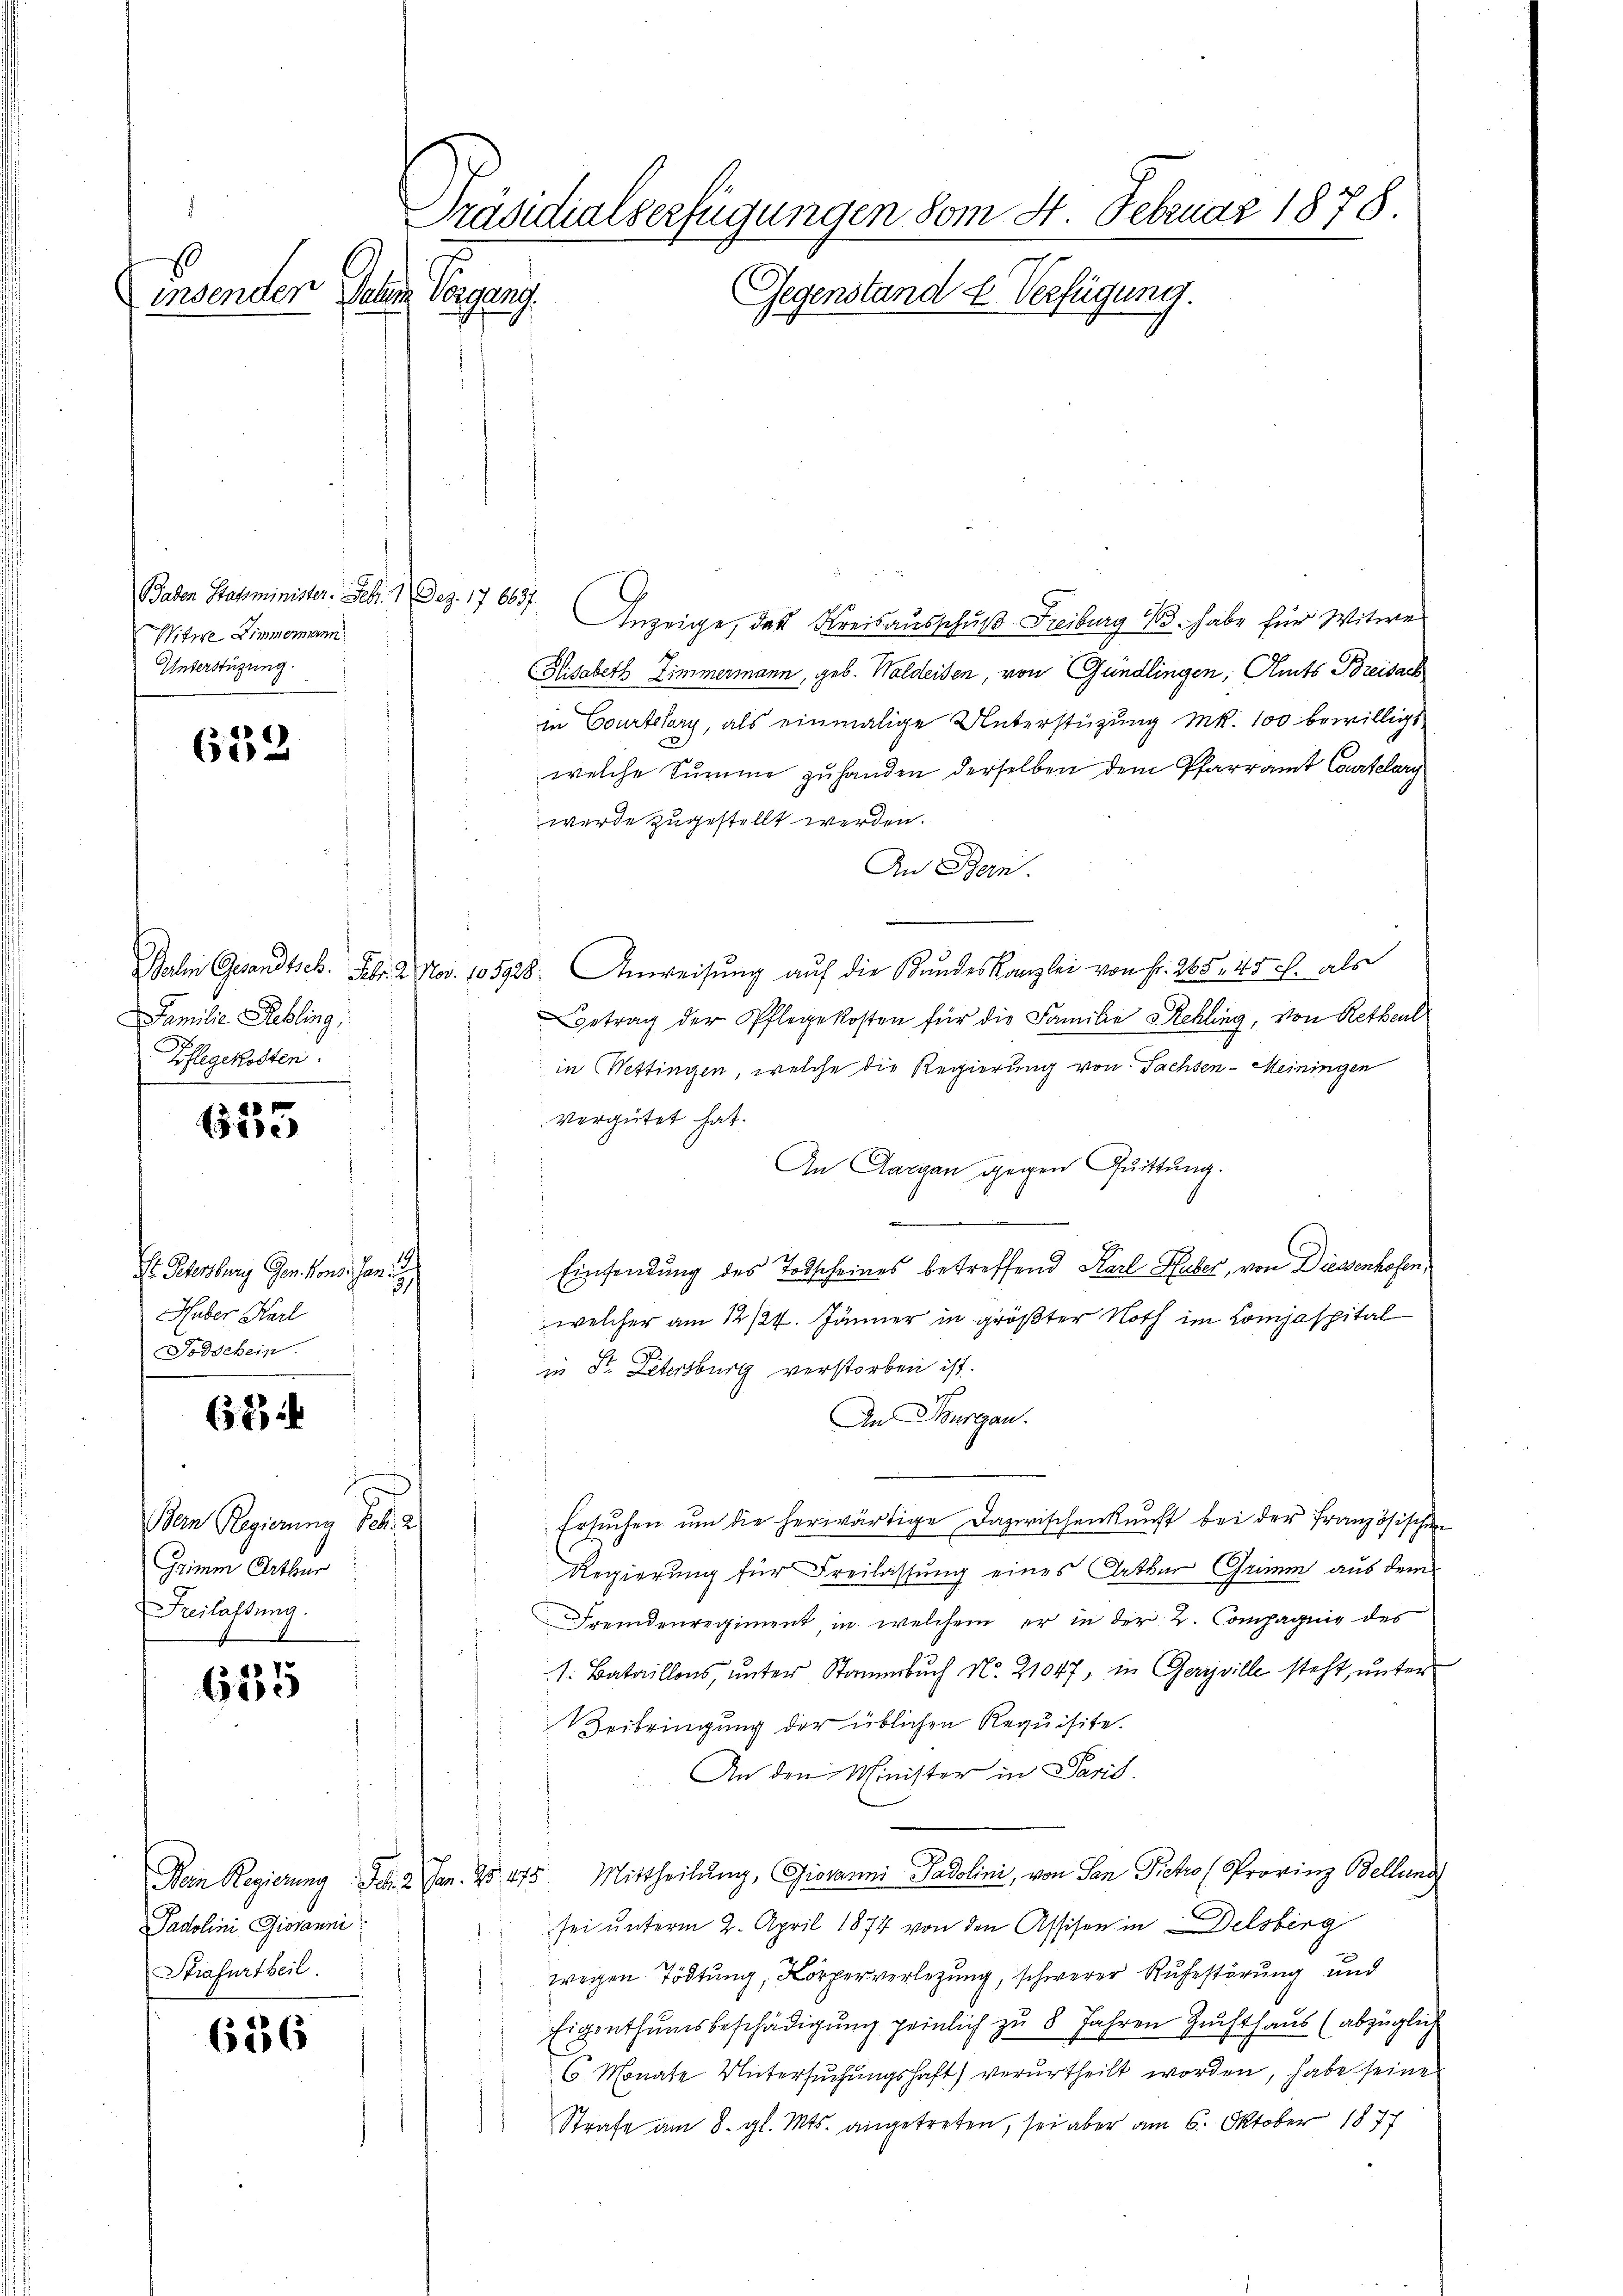
Präsidialverfügungen vom 4. Februar 1878.
st
Gegenstand u. Verfügung.
insenden Schem Vorgang.

Baden Statsminister. Febr.
Witwe Zimmermann.
Unterstüzung

633

Familie Rebling,
Pflegekosten.

f
1

E Petersburg Genfond. Jan. 1
Huber Karl
Todschein.

62

Den Regieng Joh.
Grimm Orthur
Beilassung.

685

636

Padolini Giovanni
Strafurtheil.

1 Dez. 176657 Anzeige, das Kreisausschuß Freiburg 13. habe für Witwe
Glisabeth Zimmermann, geb. Waldeisen, von Gündlingen, Amts Breisach
in Courtelary, als einmalige Unterstüzung Mk. 100 bewilligt
welche Summe zu handen derselben dem Pfarramt Courtelary
werde zugestellt werden.
An Bern.
Male Gesandtsch. Febr. 2. Nov. 105928. Anweisung auf die Bundeskanzlei von Fr. 265. 45 c. als
Betrag der Pflegekosten für die Familie Rehling, von Rethenl
in Wettingen, welche die Regierung von Sachsen-Meiningen
vergütet hat.
An Aargau gegen Quittung.
Einsendung des Todscheines betreffend Karl Huber, von Diessenhofen,
welcher am 12/24. Jänner in größter Noth im Compaspital
in Str. Litersburg verstorben ist.
An Thurgau.
Ersŭchen ŭm die herwärtige Dazwischenkunft bei der Französischen
Regierung für Freilassung eines Altbar Grimm aus dem
Fremdenregiment, in welchem er in der L. Compagnie des
1. Bataillons, unter Stammbuch No. 21047, in Geryville steht, unter
Beibringung der üblichen Requisite.
An den Minister in Paris.
e
Bern Regierung Ich. 2. Jan. 25, 475. Mittheilŭng, Giovanni Gadolini, von San Fiehro (Provinz Belland
 sei unterm 2. April 1874 von den Assisen in Delsberg
wegen Tödtung, Körperverletzung, schwerer Ruhestörung und
Eigenthumsbeschädigung peinlich zu 8 Jahren Zunfthaus (abzüglich
6. Monate Untersuchungshaft) verurtheilt worden, habe seine
Strafe am 8. gl. Mts. angetreten, sei aber am 6. Oktober 1877